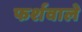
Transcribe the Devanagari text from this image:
फर्शवाले